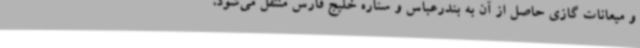
و میعانات گازی حاصل از آن به بندرعباس و ستاره خلیج فارس منتقل می‌شود،